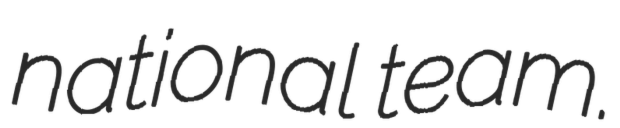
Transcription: national team.